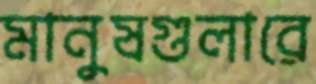
মানুষগুলারে